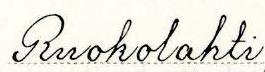
Ruokolahti